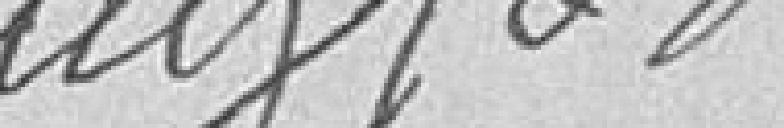
Beuglot